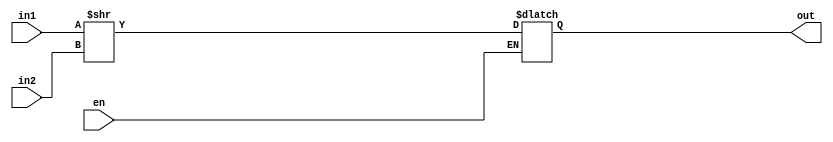
module srl_unity(en, in1, in2, out);
	input en;
	input [15:0] in1, in2;
	output reg [15:0] out;
	
	always @(*) begin
		if (en)
			out <= (in1 >> in2);
	end
endmodule